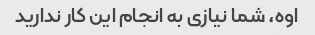
اوه، شما نیازی به انجام این کار ندارید